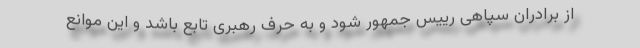
از برادران سپاهی رییس جمهور شود و به حرف رهبری تابع باشد و این موانع